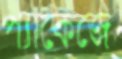
প্যাকেজে